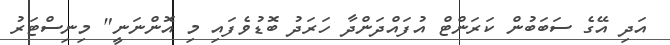
އަދި އޭގެ ސަބަބުން ކަރަންޓް އުފައްދަންދާ ހަރަދު ބޮޑުވެފައި މި އޮންނަނީ" މިނިސްޓަރު